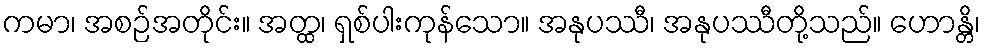
ကမာ၊ အစဉ်အတိုင်း။ အတ္ထ၊ ရှစ်ပါးကုန်သော။ အနုပဿီ၊ အနုပဿီတို့သည်။ ဟောန္တိ၊